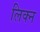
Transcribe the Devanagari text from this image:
लिक्न